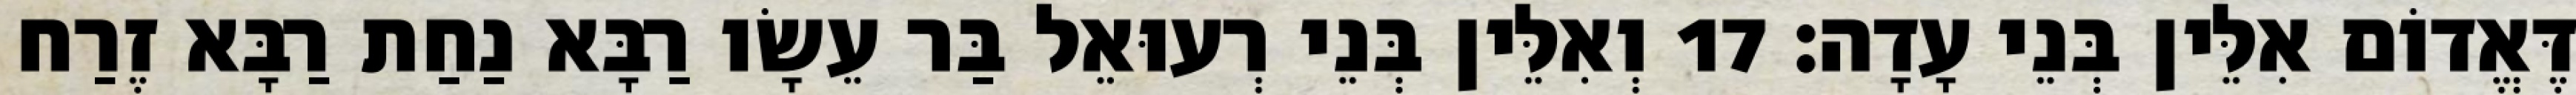
דֶּאֱדוֹם אִלֵּין בְּנֵי עָדָה׃ 17 וְאִלֵּין בְּנֵי רְעוּאֵל בַּר עֵשָׂו רַבָּא נַחַת רַבָּא זֶרַח